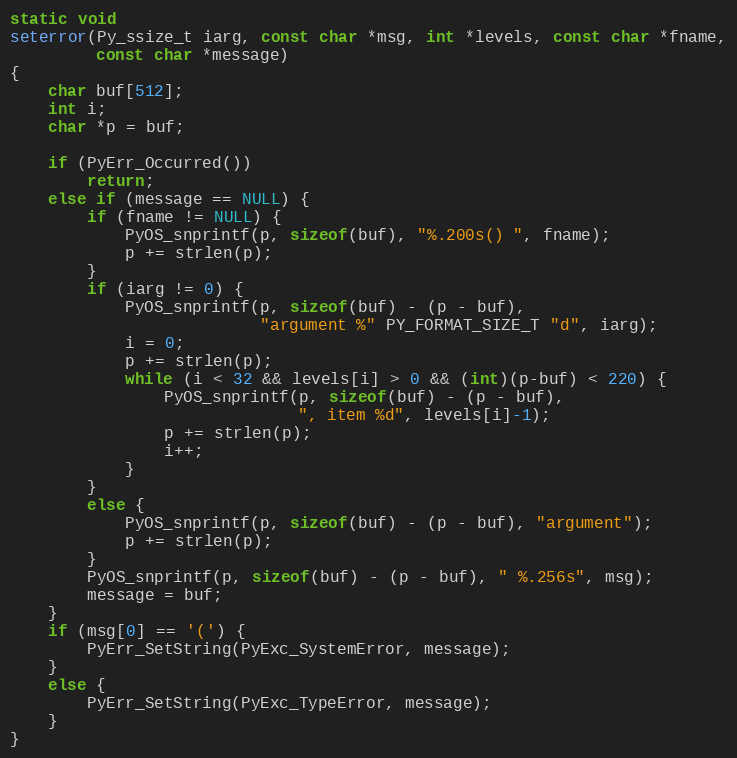
Language: C
static void
seterror(Py_ssize_t iarg, const char *msg, int *levels, const char *fname,
         const char *message)
{
    char buf[512];
    int i;
    char *p = buf;

    if (PyErr_Occurred())
        return;
    else if (message == NULL) {
        if (fname != NULL) {
            PyOS_snprintf(p, sizeof(buf), "%.200s() ", fname);
            p += strlen(p);
        }
        if (iarg != 0) {
            PyOS_snprintf(p, sizeof(buf) - (p - buf),
                          "argument %" PY_FORMAT_SIZE_T "d", iarg);
            i = 0;
            p += strlen(p);
            while (i < 32 && levels[i] > 0 && (int)(p-buf) < 220) {
                PyOS_snprintf(p, sizeof(buf) - (p - buf),
                              ", item %d", levels[i]-1);
                p += strlen(p);
                i++;
            }
        }
        else {
            PyOS_snprintf(p, sizeof(buf) - (p - buf), "argument");
            p += strlen(p);
        }
        PyOS_snprintf(p, sizeof(buf) - (p - buf), " %.256s", msg);
        message = buf;
    }
    if (msg[0] == '(') {
        PyErr_SetString(PyExc_SystemError, message);
    }
    else {
        PyErr_SetString(PyExc_TypeError, message);
    }
}